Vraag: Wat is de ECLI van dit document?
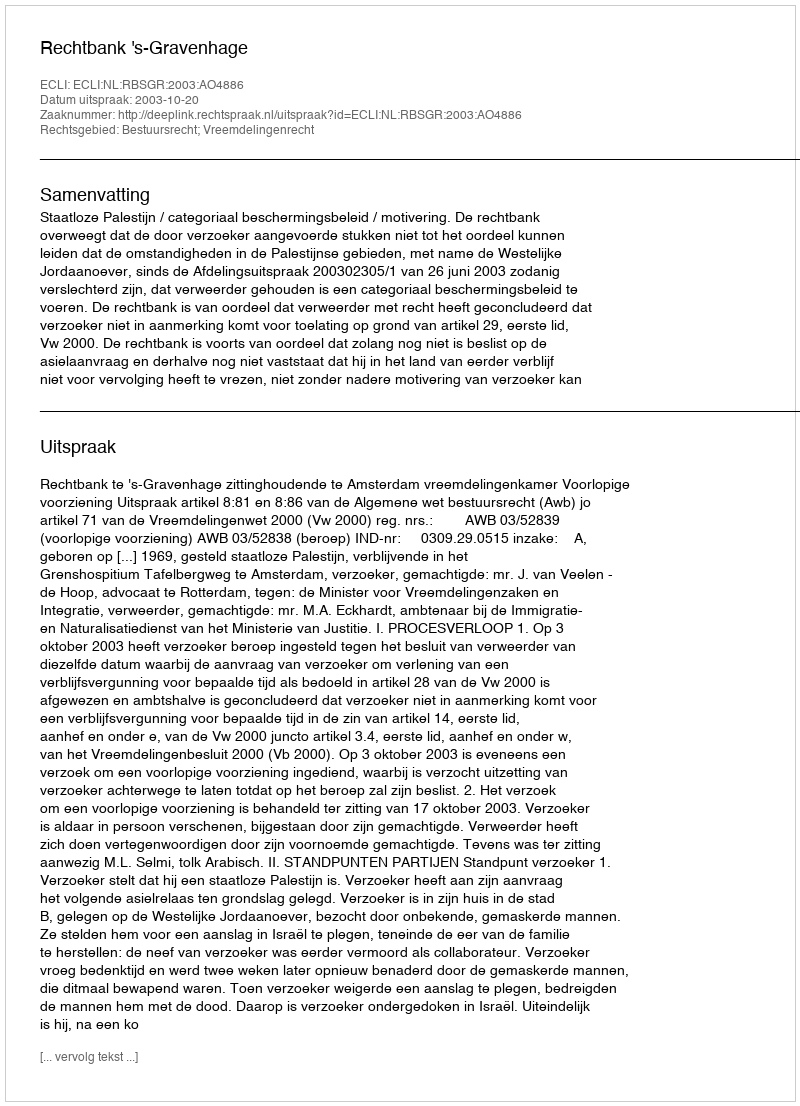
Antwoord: ECLI:NL:RBSGR:2003:AO4886